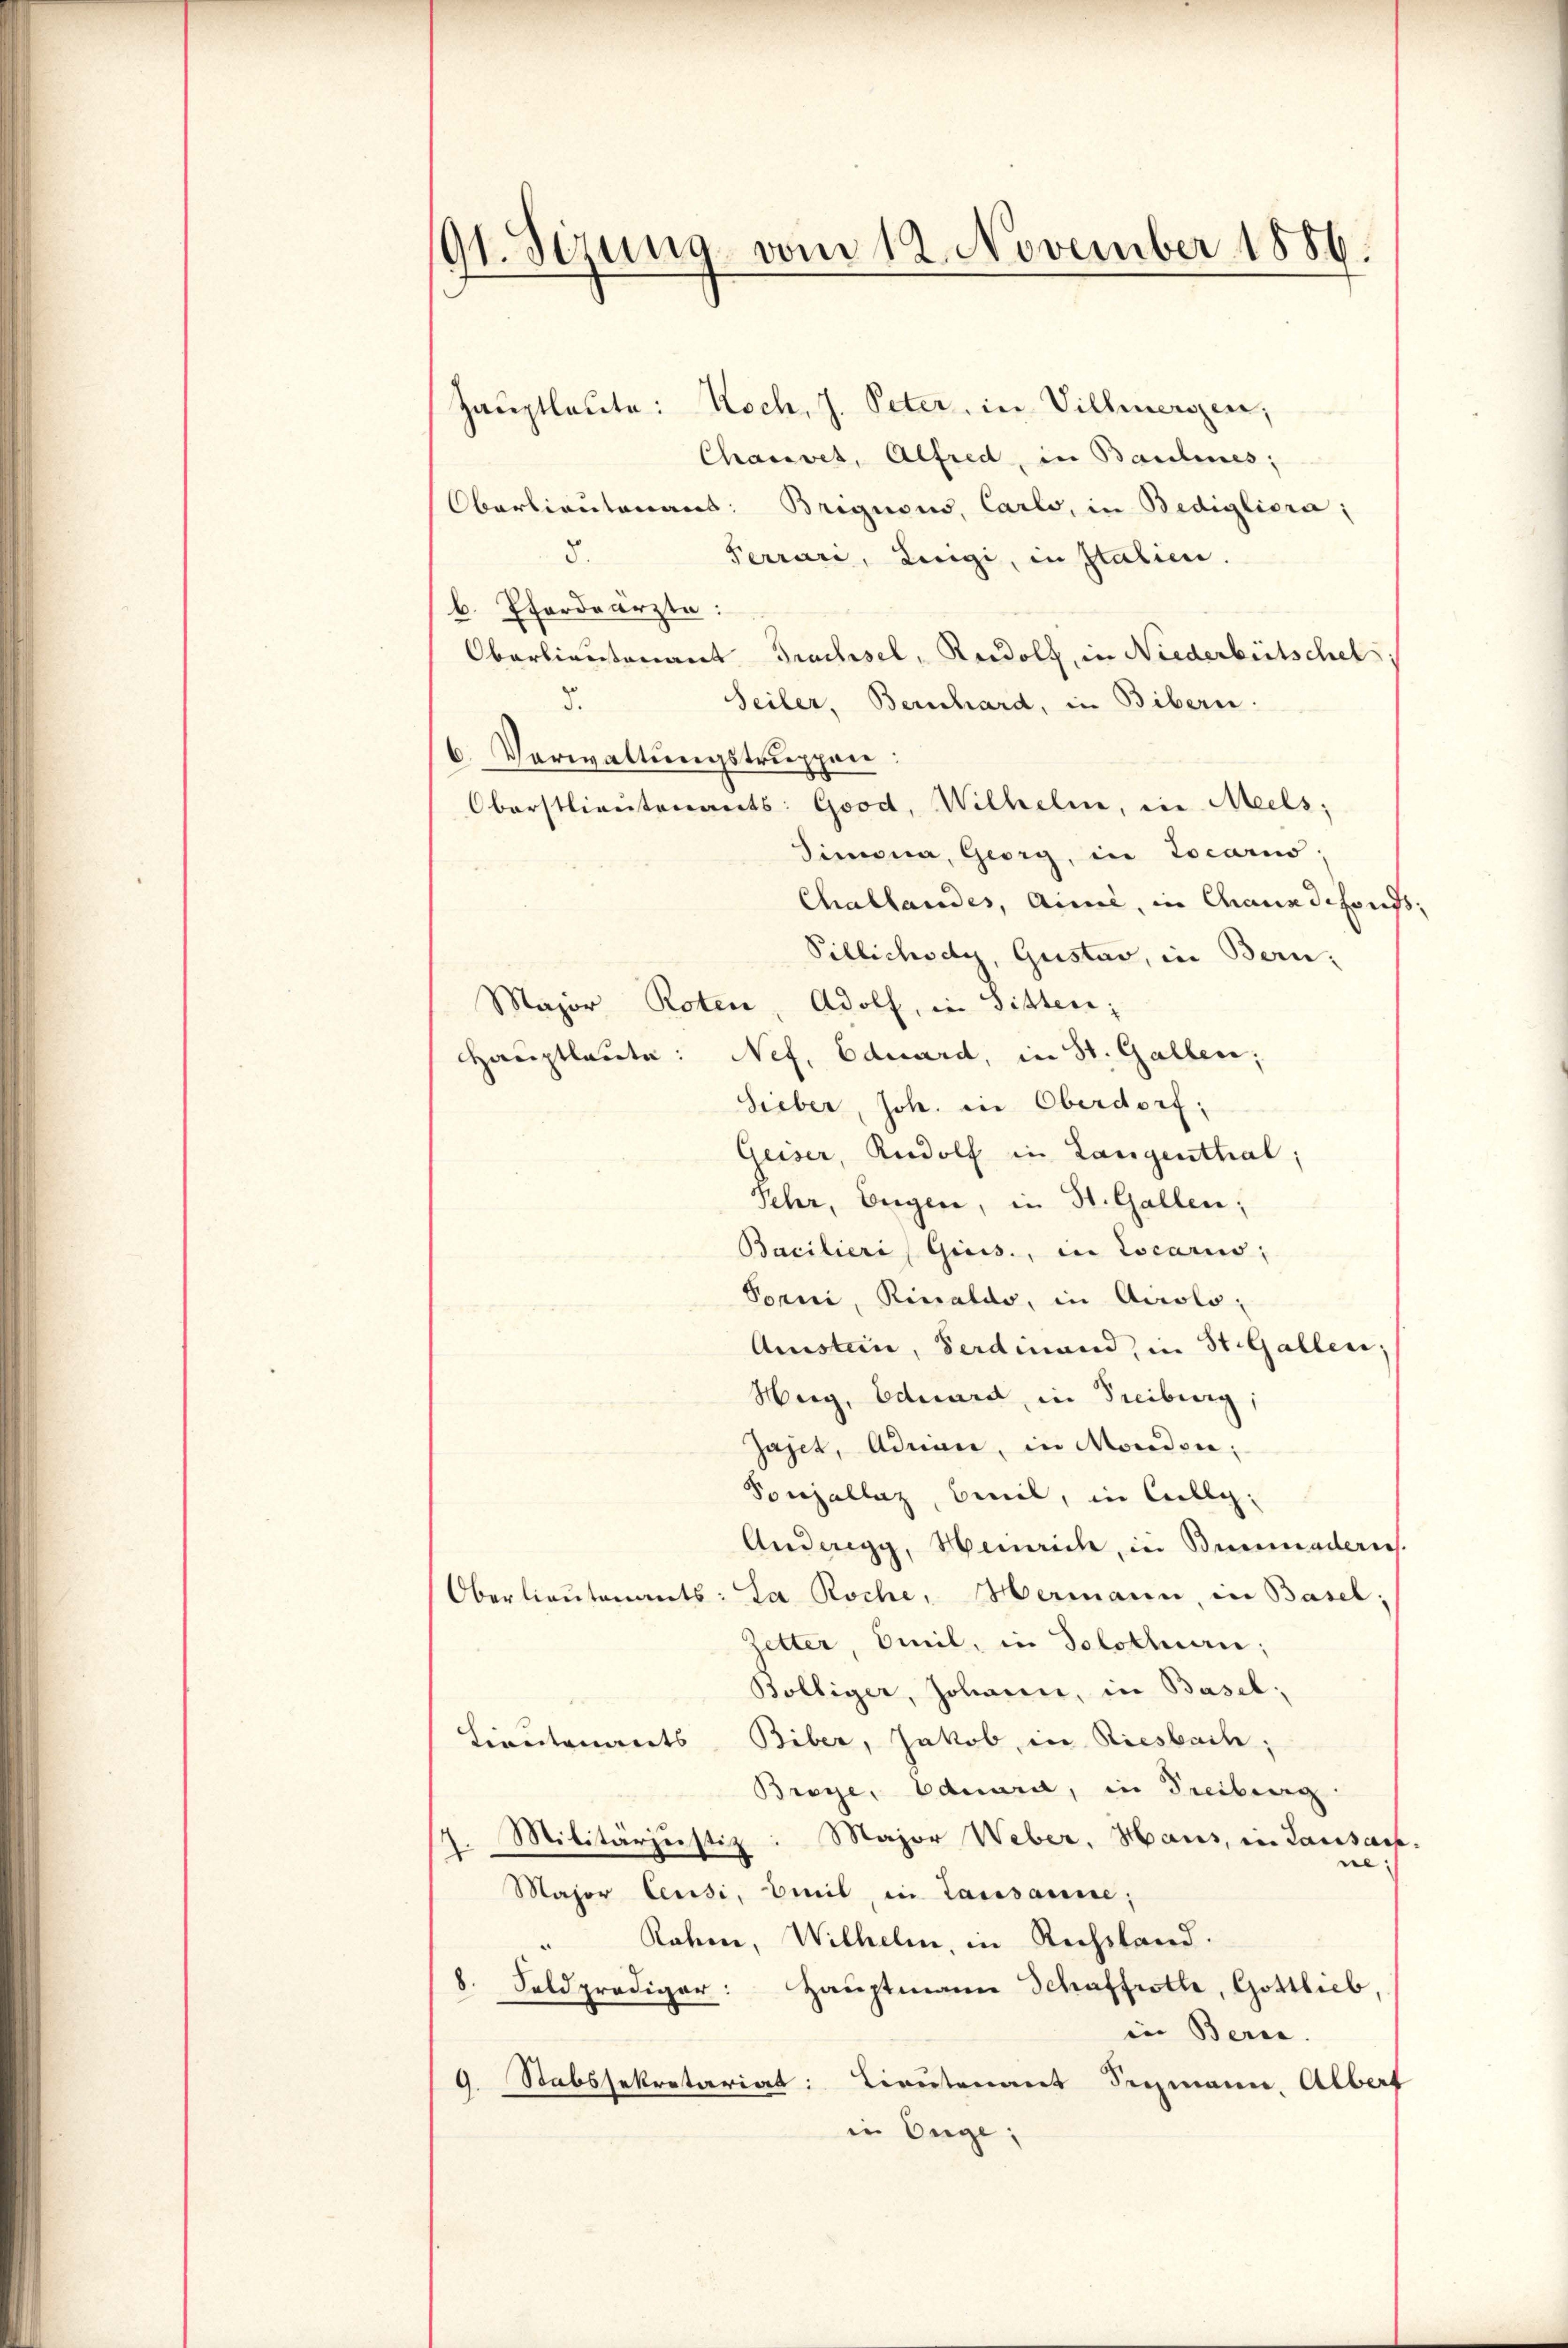
91. Sizung vom 12. November 1886.

Hauptleute: Koch, J. Peter, in Villmergen,
Chasvet, Alfred, in Baulines:
Oberlieutenaus. Brignois, Carlo, in Bedigliora;
8.
Ferrari, Lingi, in Italien.
b. Pferdeärzte:
Oberlieutenant Trachsel, Rudolf, in Niederbeitschel
5.
Seiler, Bernhard, in Bibern.
6. Verwaltungstruppen:
Oberstlieutenants: Good, Wilhelm, in Mels;
Simona, Georg, in Locarno,
Challandes, aine, in Chauxdefonds,
Pillichody, Gustav, in Bern,
Major Roten, Adolf, in Sitten;
Hauptlaute: Nef. Eduard, in St. Gallen;
Sieber, Joh. in Oberdorf;
Gesser, Rudolf in Langenthal;
Sehr, Eugen, in St. Gallen;
Bacilieri (Gisis., in Locariis,
Torni, Rinaldo, in Airolo,
Qustein, Ferdinand, in St. Gallen;
Merg, Eduard, in Freiburg,
Jajet, Admann, in Morden;
Ponjallaz, Beil, in Collg.
Anderegg, Heinrich, in Bummaderes.
Oberlieŭtenants: La Roche, Hermann, in Basel;
Zetter, Emil, in Solotluan;
Bolliger, Johann, in Basel;
Lieutenants Biber, Jakob, in Riesbach;
Broye, Eduard, in Freiberg
Militärjustiz: Major Weber, Haus, in Lausach
.
,
Major Censi, Emil, in Lausanne;
Rohen, Wilhelm, in Rechstand.
8. Feldprediger: Hauptmann Schaffrolle, Gottlieb,
in Berne
9. Stabssekretariat: Lieutenant Sigmann. Albert
¬
in Enge;